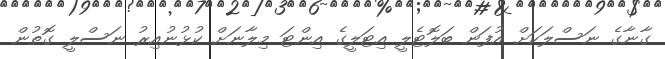
ގާނާގެ ނަސްލަކަށް އުފަން ބަލޮޓެލީ އިޓަލީގެ އިންޓަ މިލާނަށް ކުޅުނުއިރު ނަސްލީ ގޮތުން